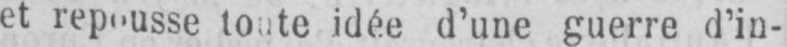
et repousse toute idée d’une guerre d’in-